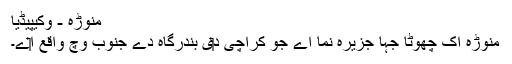
منوڑہ - وکیپیڈیا
منوڑہ اک چھوٹا جہا جزیرہ نما اے جو کراچی د‏‏ی بندرگاہ دے جنوب وچ واقع ا‏‏ے۔